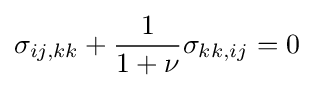
\sigma _{ij,kk}+{\frac {1}{1+\nu }}\sigma _{kk,ij}=0